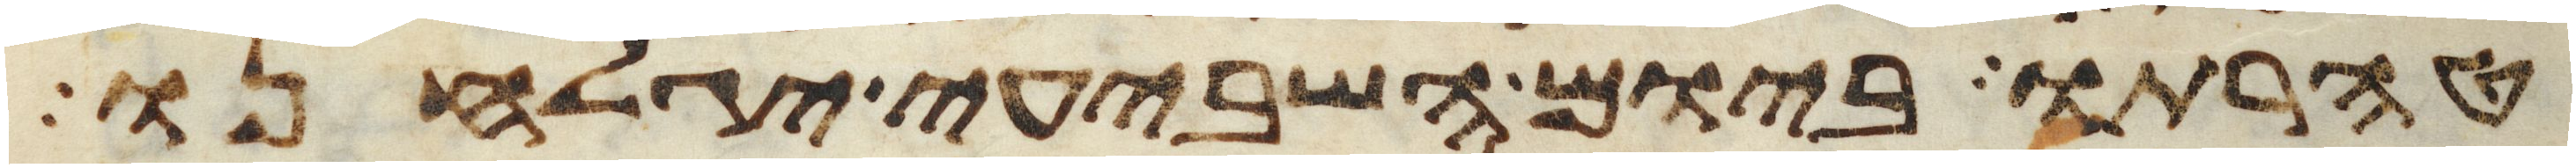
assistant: טהרתו ביום השביעי יגלחנו